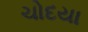
ચોદયા